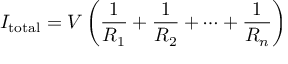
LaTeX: I _ { \mathrm { t o t a l } } = V \left( { \frac { 1 } { R _ { 1 } } } + { \frac { 1 } { R _ { 2 } } } + \cdots + { \frac { 1 } { R _ { n } } } \right)